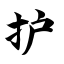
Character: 护